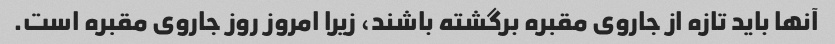
آنها باید تازه از جاروی مقبره برگشته باشند، زیرا امروز روز جاروی مقبره است.